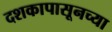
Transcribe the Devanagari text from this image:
दशकापासूनच्या